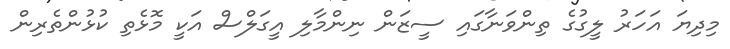
މިދިޔަ އަހަރު ލީގުގެ ތިންވަނާގައި ސީޒަން ނިންމާލި އީގަލްސް އަކީ މޮޅެތި ކުޅުންތެރިން